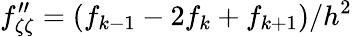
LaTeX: f_{\zeta\zeta}^{\prime\prime}=(f_{k-1}-2f_{k}+f_{k+1})/h^{2}